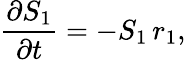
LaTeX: \frac{\partial S_{1}}{\partial t}=-S_{1}\, r_{1},